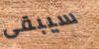
سيبقى